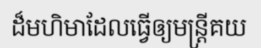
ដ៏មហិមាដែលធ្វើឲ្យមន្ត្រីគយ